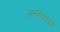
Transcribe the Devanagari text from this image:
मस्तकधारी